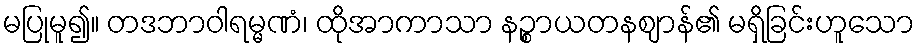
မပြုမူ၍။ တဒဘာဝါရမ္မဏံ၊ ထိုအာကာသာ နဉ္စာယတနဈာန်၏ မရှိခြင်းဟူသော